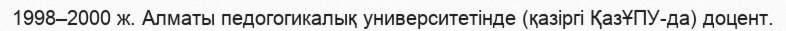
1998–2000 ж. Алматы педогогикалық университетінде (қазіргі ҚазҰПУ-да) доцент.